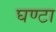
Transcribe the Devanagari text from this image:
घण्‍टा